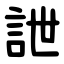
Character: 詍